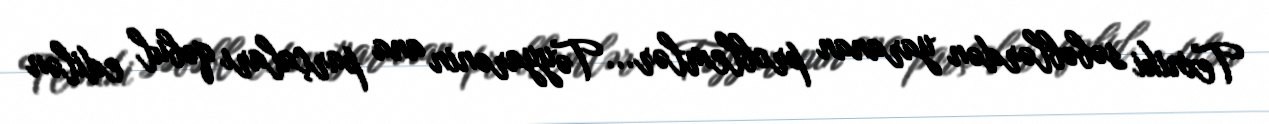
Texniki səbəblərdən yaranan problemlər... Təyyarənin ana parçaları qəbul edilən